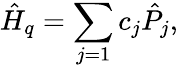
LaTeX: \hat{H}_{q}=\sum_{j=1}c_{j}\hat{P}_{j},